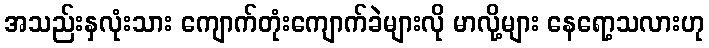
အသည်းနှလုံးသား ကျောက်တုံးကျောက်ခဲများလို မာလို့များ နေရော့သလားဟု